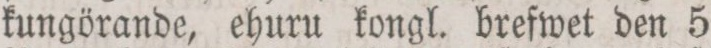
kungörande, ehuru kongl. brefwet den 5